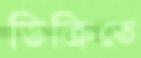
ডিক্রিতে